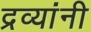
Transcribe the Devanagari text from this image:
द्रव्यांनी